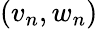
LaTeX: (v_{n},w_{n})